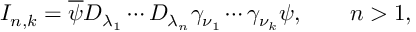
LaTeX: I _ { n , k } = \overline { { { \psi } } } D _ { \lambda _ { 1 } } \cdots D _ { \lambda _ { n } } \gamma _ { \nu _ { 1 } } \cdots \gamma _ { \nu _ { k } } \psi , \qquad n > 1 ,